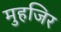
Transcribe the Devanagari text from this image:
मुहजिर